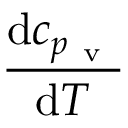
\frac { \mathrm { d } c _ { p _ { \mathrm { ~ v ~ } } } } { \mathrm { d } T }